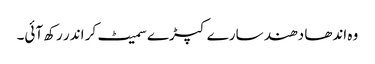
وہ اندھا دھند سارے کپڑے سمیٹ کر اندر رکھ آئی۔